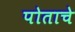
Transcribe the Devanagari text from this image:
पोताचे